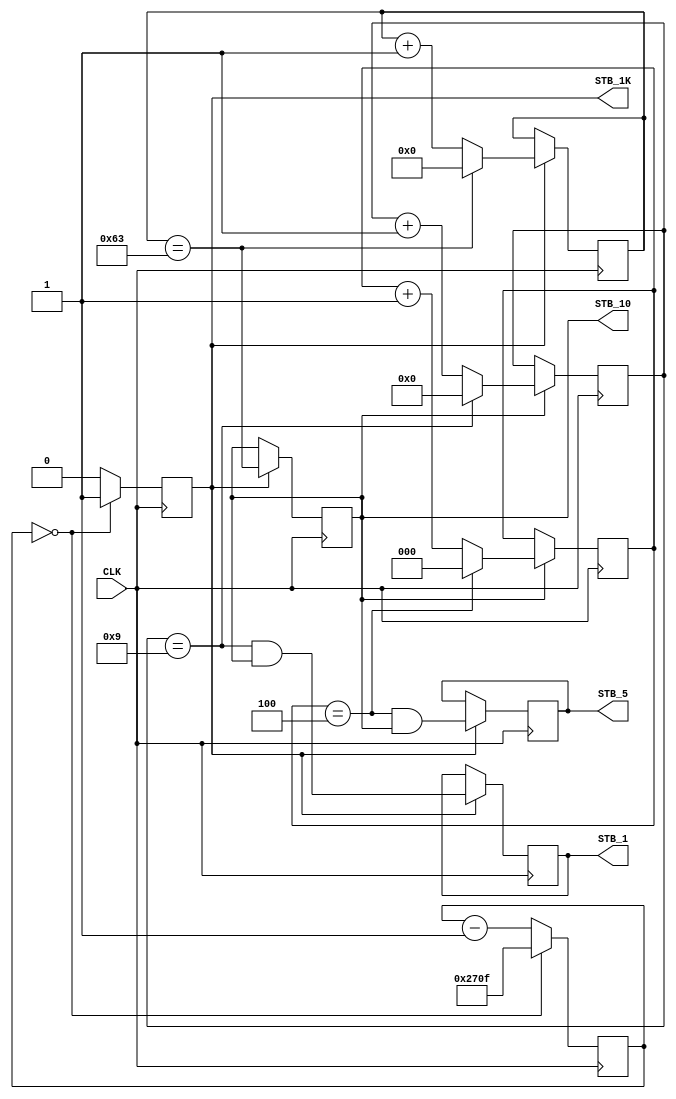
// 0.1, 0.2, and 1s strobe generator
// input: Clk (50 MHz max)
// Output: 1-period strobes (10, 5, and 1 Hz)
// Date: 201707xx
// Updated: 20171013

// this prevents the RTL simulation to start (ModelSim requires explicit net declaration):
//`default_nettype none

module strobe_gen_1K_10_5_1
#(
 parameter INPUT_FREQUENCY_KHZ = 10000
)
(
input 	CLK,
output 	STB_1K, STB_10,	STB_5, STB_1
);

reg [6:0] cnt10;
reg [2:0] cnt5;
reg [3:0] cnt1;

reg [15:0] prescaler;
reg stb_1k;
reg stb_10, stb_5, stb_1;
wire cnt10_done = (cnt10 == 99);
wire cnt5_done  = (cnt5  == 4);
wire cnt1_done  = (cnt1  == 9);

assign STB_1K = stb_1k,
       STB_10 = stb_10,
       STB_5  = stb_5,
       STB_1  = stb_1;

// we must perform initial reset, for the correct RTL simulaion
initial
 begin
  cnt10 = 0; cnt5 = 0; cnt1 = 0;
 end	
 
// prescaler downto 1kHz
always @ (posedge CLK)
 if(prescaler == 0)
  begin
   stb_1k <= 1;
   prescaler <= INPUT_FREQUENCY_KHZ-1;
  end 
  else
   begin
    stb_1k <= 0;
    prescaler--;
   end 
 
always @ (posedge CLK)
 if (stb_1k)
 begin
  if(cnt10_done)  cnt10 <= 0;
   else           cnt10 <= cnt10 + 1;
	
  stb_10 <= (cnt10_done);
  stb_5  <= ( (cnt5_done) & (stb_10) );
  stb_1  <= ( (cnt1_done) & (stb_10) );
 end

always @ (posedge CLK)
 if(stb_10)
  begin
   if(cnt5_done)  cnt5 <= 0;
    else          cnt5 <= cnt5 + 1;
   if(cnt1_done)  cnt1 <= 0;
    else          cnt1 <= cnt1 + 1;
  end

 
 
endmodule